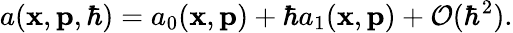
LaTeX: a(\mathbf{x},\mathbf{p},\hbar)=a_{0}(\mathbf{x},\mathbf{p})+\hbar a_{1}(\mathbf{x},\mathbf{p})+\mathcal{O}(\hbar^{2}).